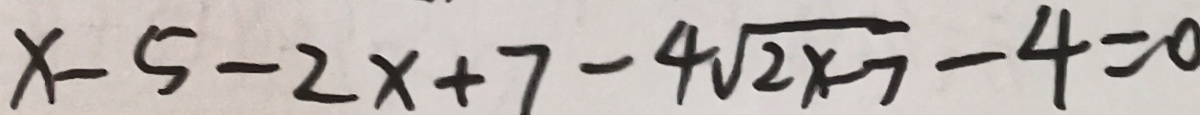
x - 5 - 2 x + 7 - 4 \sqrt { 2 x - 7 } - 4 = 0